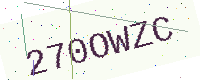
Text: 270OWZC